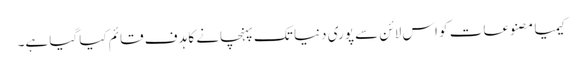
کیمیا مصنوعات کو اس لائن سے پوری دنیا تک پہنچانے کا ہدف قائم کیا گیا ہے۔